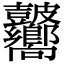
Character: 𥀾